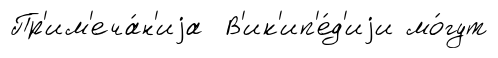
Пр'им'еча́н'иjа В'ик'ип'е́д'иjи мо́гут